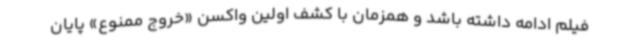
فیلم ادامه داشته باشد و همزمان با کشف اولین واکسن «خروج ممنوع» پایان